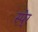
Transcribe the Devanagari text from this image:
स्पे्र